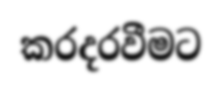
කරදරවීමට